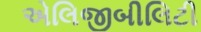
એલિજીબીલિટી